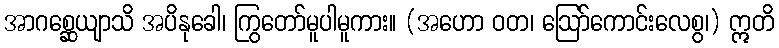
အာဂစ္ဆေယျာသိ အပိနုခေါ၊ ကြွတော်မူပါမူကား။ (အဟော ဝတ၊ ဩော်ကောင်းလေစွ၊) ဣတိ